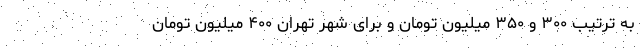
به ترتیب ۳۰۰ و ۳۵۰ میلیون تومان و برای شهر تهران ۴۰۰ میلیون تومان